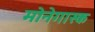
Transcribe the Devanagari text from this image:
मोनेगास्क